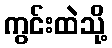
ကွင်းထဲသို့